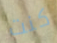
كنت